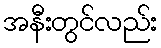
အနီးတွင်လည်း